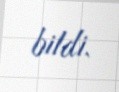
bildi.